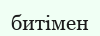
битімен